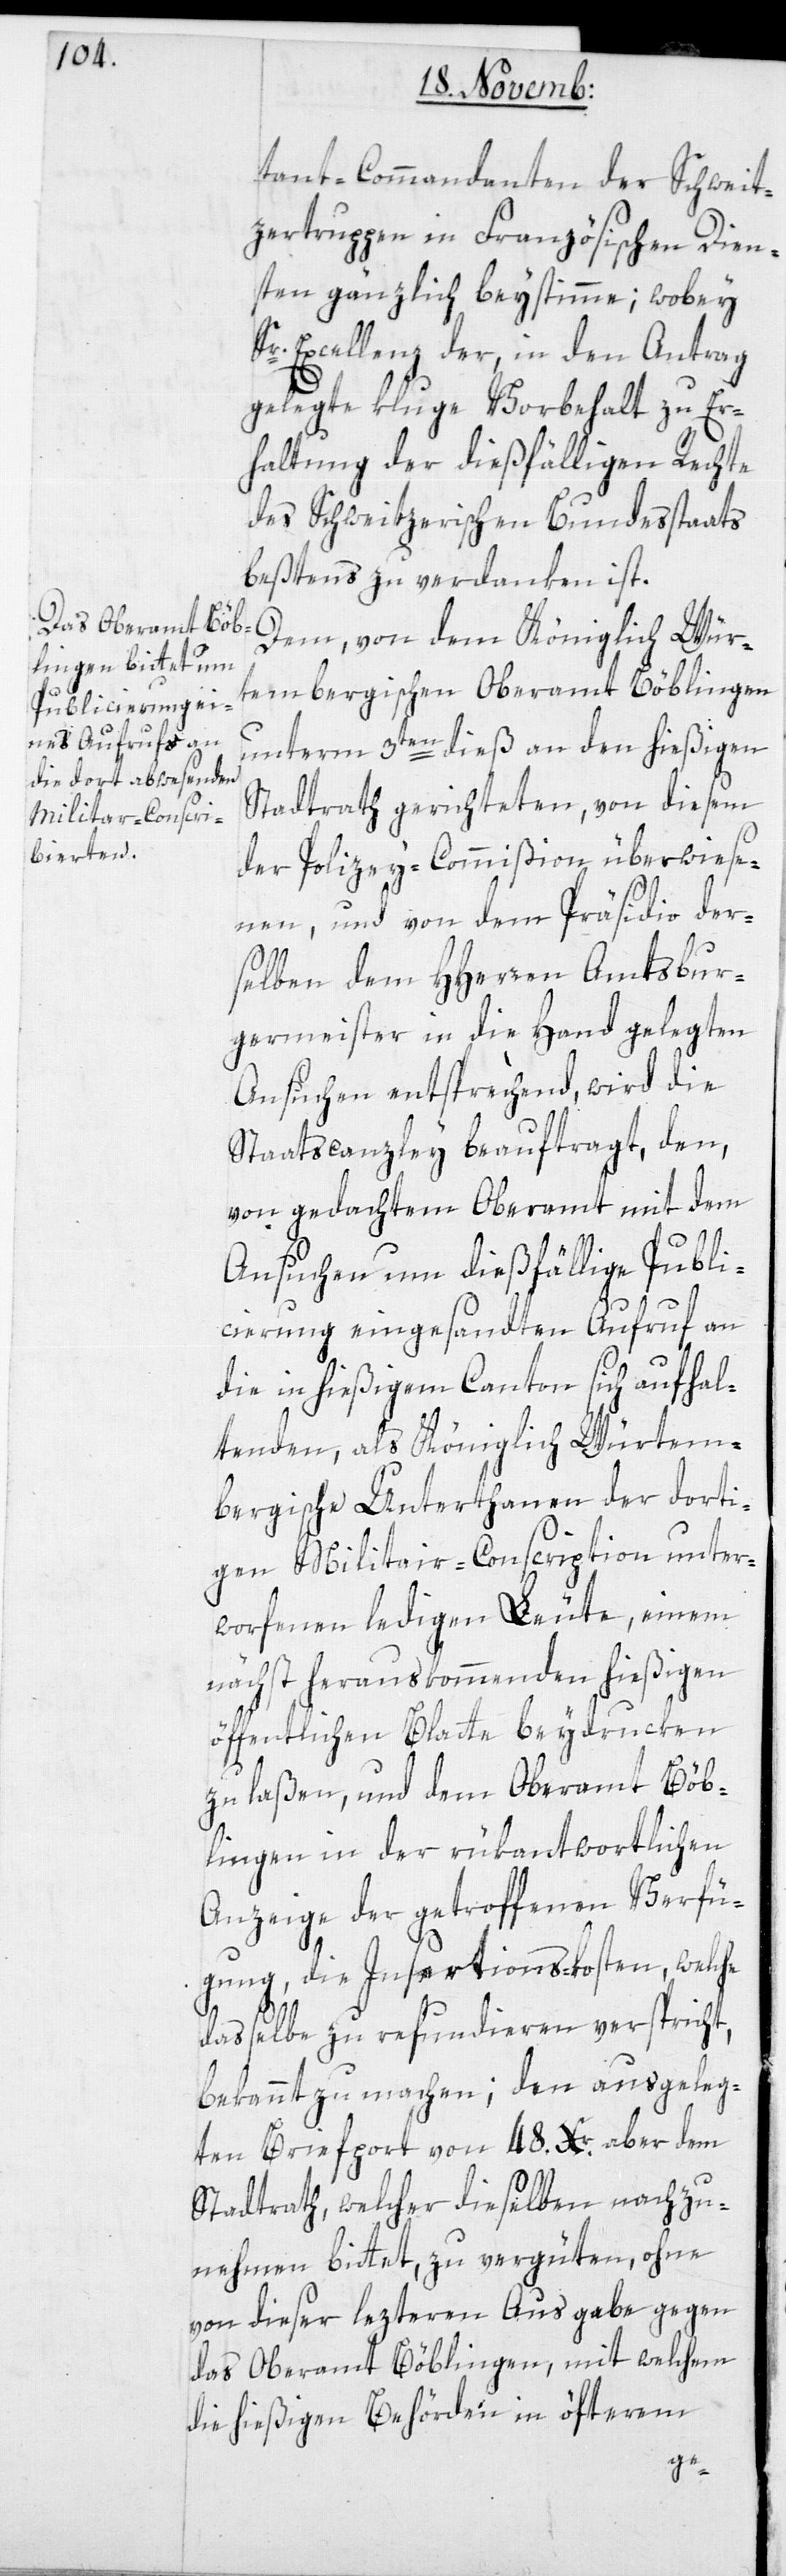
dant-Commandanten der Schweit¬
zertruppen in Französischen Dien¬
sten gänzlich beystimme; wobey
Sr Excellenz der, in den Antrag
gelegte kluge Vorbehalt zu Er¬
haltung der dießfälligen Rechte
der Schweitzerischen Bundesstaats,
beßtens zu verdanken ist.
Dem, von dem Königlich Wür¬
tembergischen Oberamt Böblingen
unterm 3ten dieß an den hießigen
Stadtrat gerichteten, von diesem
der Polizey-Commißion überwiese¬
nen, und von dem Präsidio der¬
selben dem HHerren Amtsbur¬
germeister in die Hand gelegten
Ansuchen entsprechend, wird die
Staatscanzley beauftragt, den,
von gedachtem Oberamt mit dem
Ansuchen um dießfällige Publi¬
cierung eingesandten Aufruf an
die in hießigem Canton sich aufhal¬
tenden, als Königlich Würtem¬
bergische Unterthanen der dorti¬
gen Militair-Conscription unter¬
worfenen ledigen Leute, einem
nächst herauskommenden hießigen
öffentlichen Blatte beydrucken
zu laßen, und dem Oberamt Böb¬
lingen in der rükantwortlichen
Anzeige der getroffenen Verfü¬
gung, die Insertionskosten, welche
dasselbe zu refundieren verspricht,
bekannt zu machen; den ausgeleg¬
ten Briefport von 48. Xr. aber dem
Stadtrath, welcher dieselben nachzu¬
nehmen bittet, zu vergüten, ohne
von dieser lezteren Ausgabe gegen
das Oberamt Böblingen, mit welchem
die hießigen Behörden in öfterem